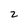
Character: 2